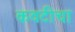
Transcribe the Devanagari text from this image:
कवटीचा